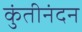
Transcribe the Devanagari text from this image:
कुंतीनंदन